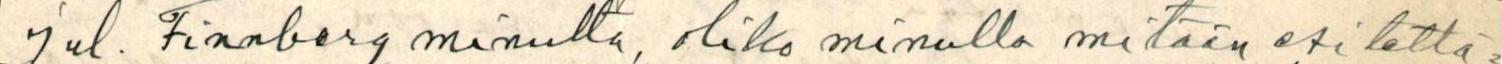
Jul. Finnberg minulta, oliko minulla mitään esitettä=